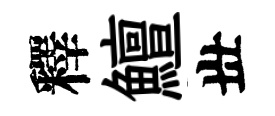
釋鱣丗